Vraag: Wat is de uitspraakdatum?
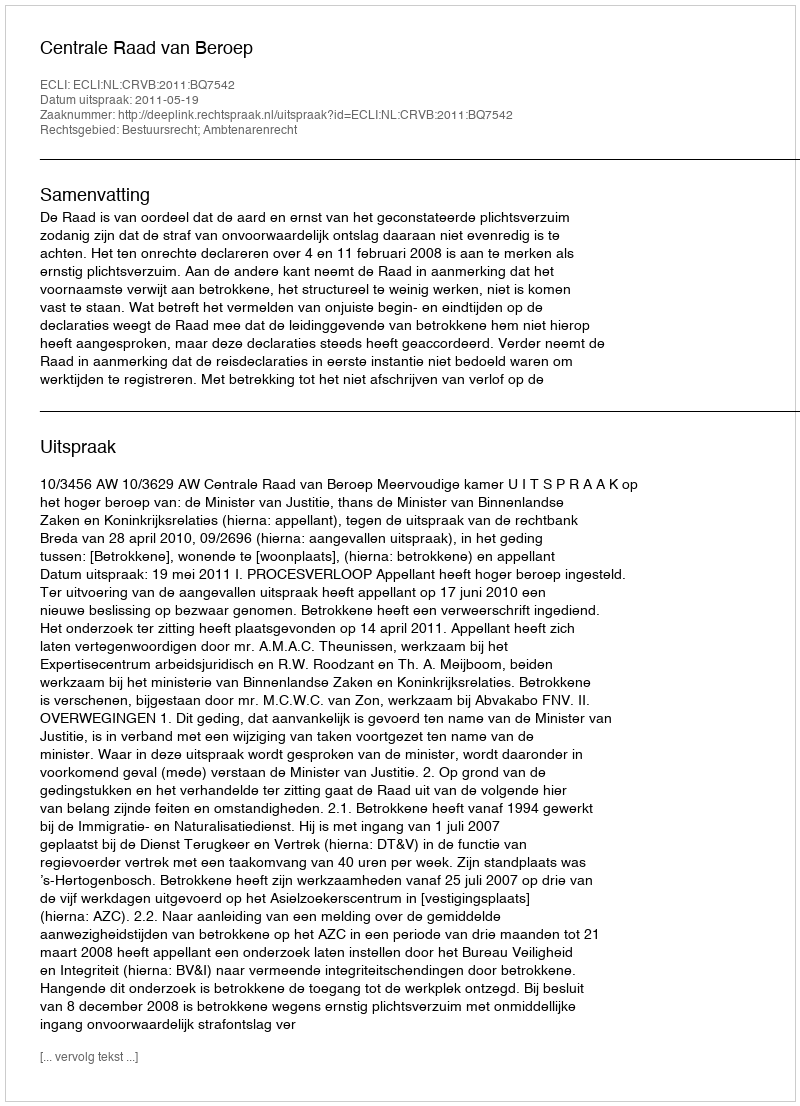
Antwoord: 2011-05-19